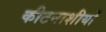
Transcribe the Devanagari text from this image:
कीटनाशीयों